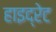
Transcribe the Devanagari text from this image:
हाइद्रेट